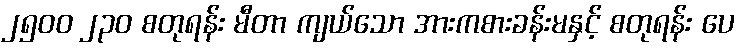
၂၅၀၀ ၂၃၀ စတုရန်း မီတာ ကျယ်သော အားကစားခန်းမနှင့် စတုရန်း ပေ